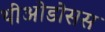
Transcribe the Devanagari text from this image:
थीओडोसस